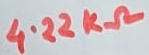
Text: 4.22KΩ